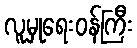
လူမှုရေးဝန်ကြီး